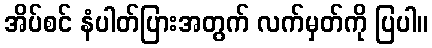
အိပ်စင် နံပါတ်ပြားအတွက် လက်မှတ်ကို ပြပါ။